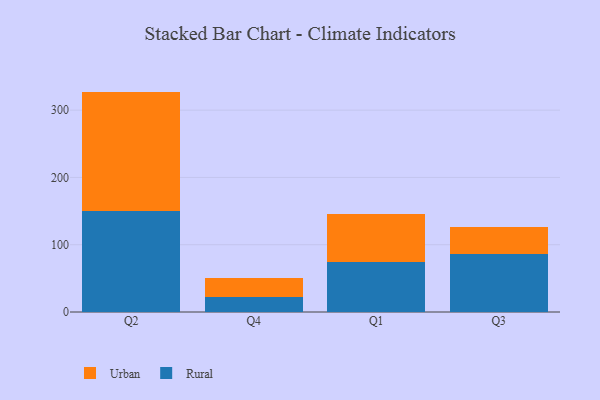
{"axis": {"x": "Quarter", "y": "Market Share (%)"}, "legend": ["Rural", "Urban"], "data": [{"x": "Q2", "y": 149.9, "type": "Rural"}, {"x": "Q2", "y": 177.7, "type": "Urban"}, {"x": "Q4", "y": 23.0, "type": "Rural"}, {"x": "Q4", "y": 27.9, "type": "Urban"}, {"x": "Q1", "y": 73.6, "type": "Rural"}, {"x": "Q1", "y": 72.0, "type": "Urban"}, {"x": "Q3", "y": 86.3, "type": "Rural"}, {"x": "Q3", "y": 40.2, "type": "Urban"}]}